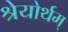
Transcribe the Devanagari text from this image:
श्रेयोर्थम्‌